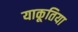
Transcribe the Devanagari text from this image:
याकूतिया